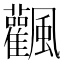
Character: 飌